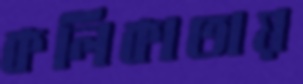
কলিকাতায়